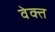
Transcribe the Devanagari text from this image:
वेक्त